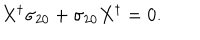
LaTeX: X ^ { \dagger } \sigma _ { 2 0 } + \sigma _ { 2 0 } X ^ { \dagger } = 0 .